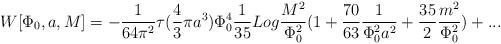
LaTeX: \begin{align*}W[\Phi_{0},a,M]=-{1 \over 64\pi^2}\tau ({4 \over 3}\pi a^3)\Phi_{0}^4{1 \over 35}Log{M^2 \over \Phi_{0}^2} (1+{70 \over 63} {1 \over\Phi_{0}^2 a^2}+{35 \over 2} {m^2 \over \Phi_{0}^2}) + ...\end{align*}